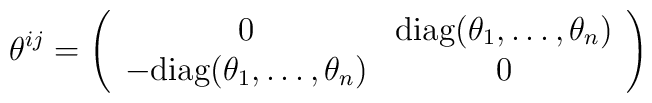
\theta^{ij} = \left( \begin{array}{cc} 0 & {\rm diag}(\theta_{1}, \dots , \theta_{n}) \\- {\rm diag}(\theta_{1}, \dots , \theta_{n}) & 0 \\\end{array}\right)